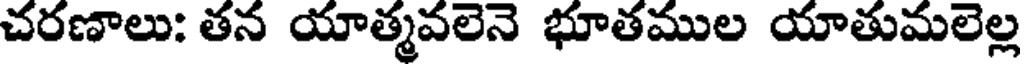
చరణాలు: తన యాత్మవలెనె భూతముల యాతుమలెల్ల